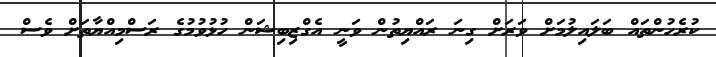
ކުރެހުންތައް ބަލައިލުމަށް ވަރަށް ގިނަ ރައްޔިތުން ވަނީ އެގްޒިބިޝަން ހުޅުވުމުގެ ރަސްމިއްޔާތަށް ވެސް